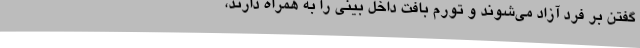
گفتن بر فرد آزاد می‌شوند و تورم بافت داخل بینی را به همراه دارند،